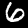
Label: 6